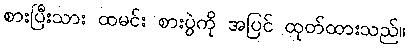
စားပြီးသား ထမင်း စားပွဲကို အပြင် ထုတ်ထားသည်။